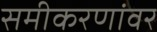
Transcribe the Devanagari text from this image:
समीकरणांवर